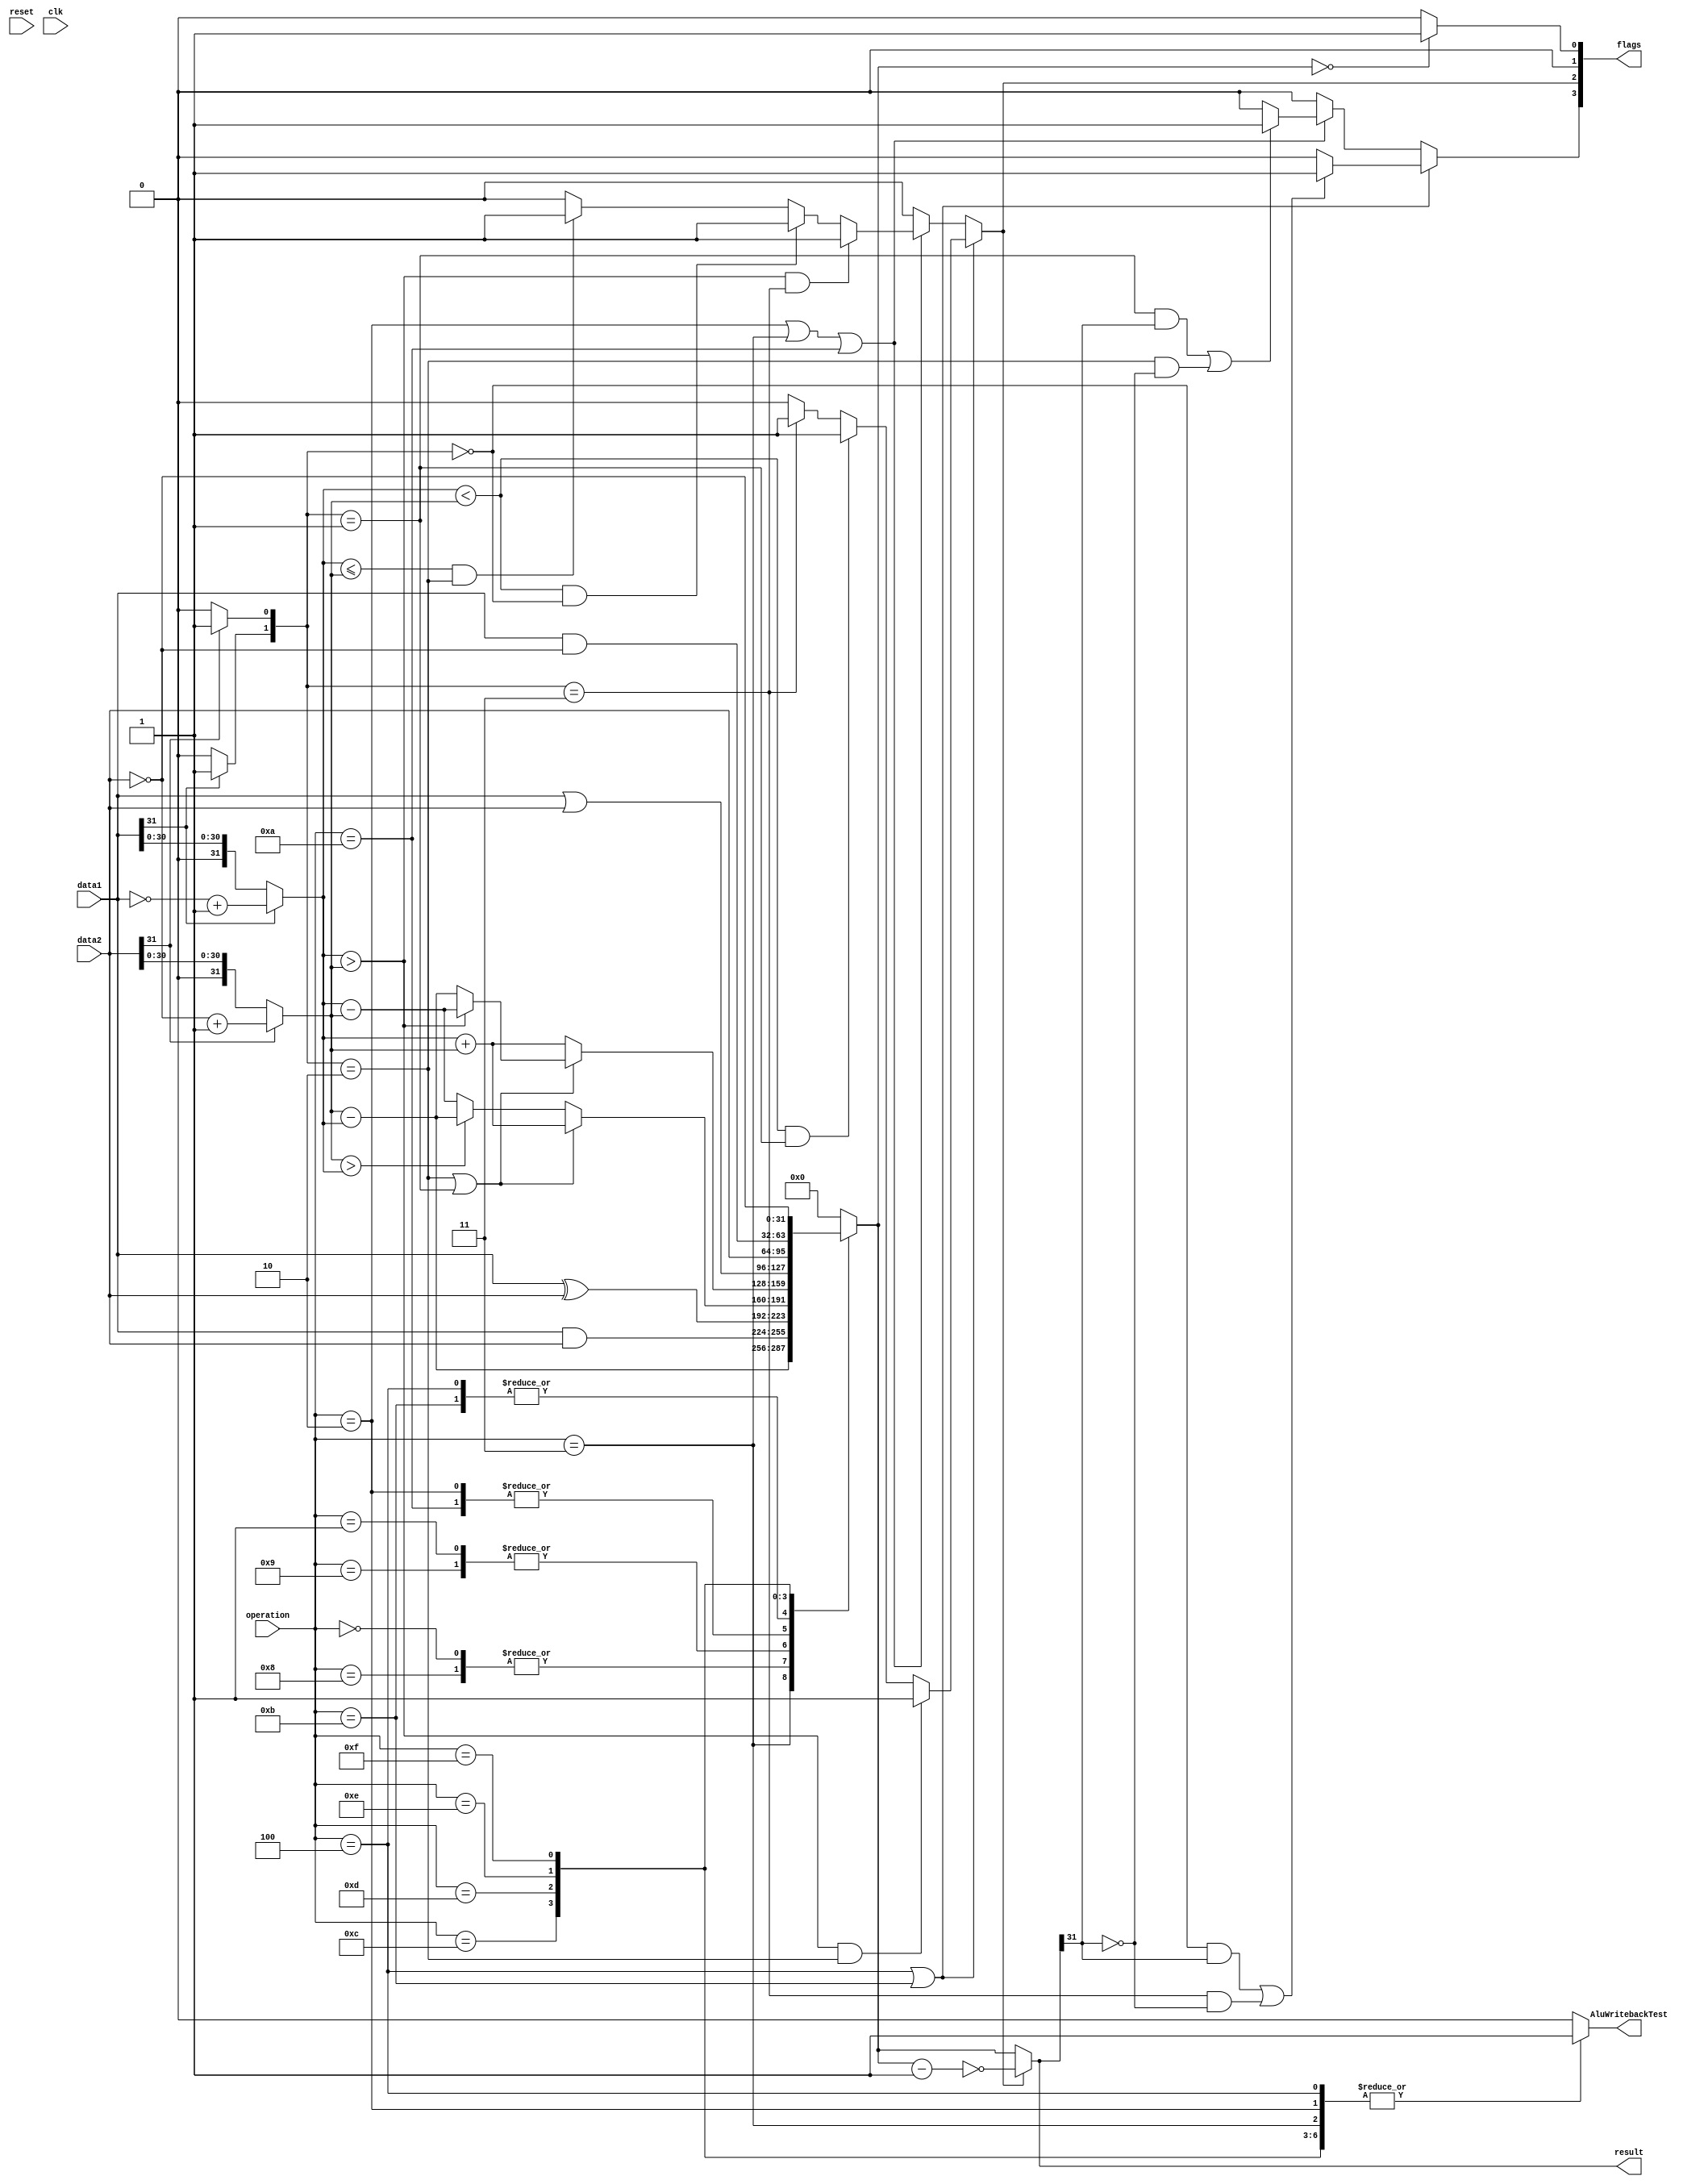
module  ALU(data1, data2, operation, result, flags, AluWritebackTest, reset, clk);

	input wire [31:0] data1, data2;
	input wire [4:0] operation;
	input wire reset,clk;

	output reg [31:0] result;  //either logical or signed
	output reg [3:0] flags;
	output reg AluWritebackTest;

	reg [31:0] unsignedData1, unsignedData2, unsignedResult;
	reg [1:0] negativeData; 
	reg Z, C, N, V; //zero carry negative overflow flags




	always @* begin

		// convert signed input data to unsigned
		if (data1[31] == 1) 
			begin
				unsignedData1 = ((~data1) + 1);
				negativeData[1] = 1;
			end
			
		else
			begin
				unsignedData1 = data1;
				negativeData[1] = 0;
			end

		if (data2[31] == 1) 
			begin
				unsignedData2 = ((~data2) + 1);
				negativeData[0] = 1;
			end
			
		else
			begin
				unsignedData2 = data2;
				negativeData[0] = 0;
			end

			


		case (operation)
			5'b00000:  	begin
							unsignedResult = (data1 & data2);			// AND (and)
							AluWritebackTest = 1;
							end
							
			5'b00001:	begin
							unsignedResult = (data1 ^ data2);			// EOR (exclusive or) 
							AluWritebackTest = 1;
							end
			
			5'b00010:	begin
							AluWritebackTest = 1;							// SUB (subtract)	
							if ((negativeData == 2'b10)|(negativeData == 2'b01))
								unsignedResult = (unsignedData1 + unsignedData2);
							else if (unsignedData2 > unsignedData1)
								unsignedResult = (unsignedData2 - unsignedData1);
							else unsignedResult = (unsignedData1 - unsignedData2);
							end
								
			5'b00011:	begin
							AluWritebackTest = 1;
							unsignedResult = (unsignedData2 - unsignedData1);	
					
							end                                                      // RSB (reverse subtract)
			
			5'b00100:	begin
							AluWritebackTest = 1;												// ADD (add)
							
							
							if ((negativeData == 2'b10)|(negativeData == 2'b01))
								if (unsignedData1 > unsignedData2)
									unsignedResult = (unsignedData1 - unsignedData2);
								else
									unsignedResult = (unsignedData2 - unsignedData1);
							else
								unsignedResult = (unsignedData1 + unsignedData2);			
							end
							
		//	5'b00101:	 		not responsible for this	// ADC (add with carry)
		//	5'b00110:			not responsible for this	// SBC (subtract with carry)
		//	5'b00111:			not responsible for this	// RSC (reverse subtract with carry)


			5'b01000:	begin
								AluWritebackTest = 0;
								unsignedResult =	(data1 & data2);	
							end
																			// TST (Test bits)	
			5'b01001:	begin
								AluWritebackTest = 0;
								unsignedResult =	(data1 ^ data2);										//	TEQ (Test bitwise equality)
							end
			
			5'b01010:	begin
							AluWritebackTest = 0;
					
							if ((negativeData == 2'b10)|(negativeData == 2'b01))				//	CMP (Compare)
								unsignedResult = (unsignedData1 + unsignedData2);
							else if (unsignedData2 > unsignedData1)
								unsignedResult = (unsignedData2 - unsignedData1);
							else 
								unsignedResult = (unsignedData1 - unsignedData2);
							end
							
			5'b01011:	begin
							AluWritebackTest = 0;														//	CMN (Compare Negative)
							
							if ((negativeData == 2'b10)|(negativeData == 2'b01))
								if (unsignedData1 > unsignedData2)
									unsignedResult = (unsignedData1 - unsignedData2);
								else
									unsignedResult = (unsignedData2 - unsignedData1);
							else
								unsignedResult = (unsignedData1 + unsignedData2);			
							end



			5'b01100:	begin
								AluWritebackTest = 1;
								unsignedResult = (data1 | data2);
							end													// ORR (or)
			
			5'b01101:	begin
								AluWritebackTest = 1;
								unsignedResult = (data2);						// MOV (Move register or constant)
							end
			
			5'b01110:	begin
								AluWritebackTest = 1;
								unsignedResult = (data1 & ~data2);			//	BIC (Bit Clear)
							end
							
			5'b01111:	begin
								AluWritebackTest = 1;
								unsignedResult = (~data2);					// MVN (Move negative register)
							end
			
		//	5'b10000:
		//	5'b10001:
		//	5'b10010:
		//	5'b10011:
		//	5'b10100:
		//	5'b10101:
		//	5'b10110:
		//	5'b10111:
		//	5'b11000:				this is for other operations
		//	5'b11001:
		//	5'b11010:
		//	5'b11011:
		//	5'b11100:
		//	5'b11101:
		//	5'b11110:
			5'b11111: begin
								AluWritebackTest = 0;
								unsignedResult = 0;					// No-op  (invalid opcode)
							end
			default:
				begin
					unsignedResult = 0;
					AluWritebackTest = 0;
				end
			endcase



			
			
			// FLAGS LOGIC
			
			// zero flag
			if (unsignedResult == 0) Z = 1; else Z = 0;
			
			//negative flag
					//if operation is ADD or CMN
			if ((operation == 5'b00100) | (operation == 5'b01011))
				if ((unsignedData1 > unsignedData2) && (negativeData == 2'b10 ))
					N = 1;
				else if ((unsignedData1 < unsignedData2) && (negativeData == 2'b01 ))
					N = 1;
				else if (negativeData == 2'b11 )
					N = 1;
				else
					N = 0;
			
					//if operation is SUB or RSB or CMP
			else if ((operation == 5'b00010) |  (operation == 5'b00011) | (operation == 5'b01010))
				if ((unsignedData1 > unsignedData2) && (negativeData == 2'b11 ))
					N = 1;
				else if ((unsignedData1 < unsignedData2) && (negativeData == 2'b00 ))
					N = 1;
				else if ((unsignedData1 <= unsignedData2) && (negativeData == 2'b10 ))
					N = 1;
				else
					N = 0;
					
			else N = 0;
			
			
				// convert answer from unsigned to signed
			if (N == 1)
					result = ~(unsignedResult-1);
				else 
					result = unsignedResult;
			
			
			//overflow and carry flags
					//if operation is ADD or CMN
			if ((operation == 5'b00100) | (operation == 5'b01011))
					if(((negativeData == 2'b00) && (result[31] == 1)) | ((negativeData == 2'b11) && (result[31] == 0)))
						begin
						V = 1;
						C = 0;
						end
					else
						begin
						V = 0;
						C = 0;
						end
					//if operation is SUB or RSB or CMP
			else if ((operation == 5'b00010) |  (operation == 5'b00011) | (operation == 5'b01010))
					if(((negativeData == 2'b01) && (result[31] == 1)) | ((negativeData == 2'b10) && (result[31] == 0))) 
						begin
						V = 1;
						C = 0;
						end
					else
						begin
						V = 0;
						C = 0;
						end
			else
				begin
				V = 0;
				C = 0;
				end
			
			
		/// encode CPSR output
		flags[0] = Z;
		flags[1] = C;
		flags[2] = N;
		flags[3] = V;

				
			
		end



		
endmodule




//
//
//module ALU_testbench ();
//
//
//reg [3:0] cond;
//reg [31:0] data1, data2;
//reg [4:0] operation;
//reg reset,clk;
//wire [31:0] result;  //either logical or signed
//
//
//ALU dut (.cond(cond), .data1(data1), .data2(data2), .operation(operation), .result(result), .reset(reset), .clk(clk));
//
//  
// // Set up the clock.
// parameter CLOCK_PERIOD=100;
// initial begin
//	clk <= 0;
//	forever #(CLOCK_PERIOD/2) clk <= ~clk;
// end
//
// 
// 
// // Set up the inputs to the design. Each line is a clock cycle.
// initial begin
//													@(posedge clk);
//		reset	<= 1;								@(posedge clk);
//		reset	<= 0;								@(posedge clk);
//													@(posedge clk);
//		operation	<= 5'b00100; 			@(posedge clk); 	// ADD
//		data1 <= 3;								@(posedge clk); /// 3+7 = 10
//		data2 <= 7;								@(posedge clk);   
//													@(posedge clk);	
//													@(posedge clk);
//													@(posedge clk);
//													@(posedge clk);
//													@(posedge clk);    
//													@(posedge clk);							
//		data1 <= ~(3-1);						@(posedge clk); /// (-3)+7 = 4
//		data2 <= 7;								@(posedge clk);
//													@(posedge clk);
//													@(posedge clk);
//													@(posedge clk);
//													@(posedge clk);
//		data1 <= 3;								@(posedge clk); /// 3+(-7) = (-4)
//		data2 <=  ~(7-1);						@(posedge clk); 
//													@(posedge clk);							
//													@(posedge clk);
//													@(posedge clk);
//													@(posedge clk);
//													@(posedge clk);
//													@(posedge clk);
//		data1 <= ~(3-1);						@(posedge clk); /// (-3)+(-7) = (-10)
//		data2 <=  ~(7-1);						@(posedge clk);
//													@(posedge clk);
//													@(posedge clk);
//													@(posedge clk);
//													@(posedge clk);
//													@(posedge clk);
//		data1 <= ~(7-1);						@(posedge clk); /// (-7)+7 = 0
//		data2 <= 7;								@(posedge clk);
//													@(posedge clk);
//													@(posedge clk);
//													@(posedge clk);
//													@(posedge clk);
//													@(posedge clk);
//													@(posedge clk);
//													@(posedge clk);
//													@(posedge clk);
//		data1 <= 7;								@(posedge clk); /// 7+(-7) = 0
//		data2 <=  ~(7-1);						@(posedge clk);
//													@(posedge clk);
//													@(posedge clk);
//													@(posedge clk);
//													@(posedge clk);
//													@(posedge clk);
//													@(posedge clk);
//													@(posedge clk);
//		data1 <= ~(7-1);						@(posedge clk); /// -7+(-7) = -14
//		data2 <=  ~(7-1);						@(posedge clk);
//													@(posedge clk);
//													@(posedge clk);
//													@(posedge clk);
//													@(posedge clk);
//													@(posedge clk);
//													@(posedge clk);
//													@(posedge clk);
//													@(posedge clk);
//													@(posedge clk);
//													@(posedge clk);
//		operation	<= 5'b00010; 			@(posedge clk); 	// SUB
//		data1 <= 3;								@(posedge clk); /// 3-7 = -4
//		data2 <= 7;								@(posedge clk);   
//													@(posedge clk);	
//													@(posedge clk);
//													@(posedge clk);
//													@(posedge clk);
//													@(posedge clk);    
//													@(posedge clk);							
//		data1 <= ~(3-1);						@(posedge clk); /// (-3)-7 = -10
//		data2 <= 7;								@(posedge clk);
//													@(posedge clk);
//													@(posedge clk);
//													@(posedge clk);
//													@(posedge clk);
//		data1 <= 3;								@(posedge clk); /// 3-(-7) = 10
//		data2 <=  ~(7-1);						@(posedge clk); 
//													@(posedge clk);							
//													@(posedge clk);
//													@(posedge clk);
//													@(posedge clk);
//													@(posedge clk);
//													@(posedge clk);
//		data1 <= ~(3-1);						@(posedge clk); /// (-3)-(-7) = 4
//		data2 <=  ~(7-1);						@(posedge clk);
//													@(posedge clk);
//													@(posedge clk);
//													@(posedge clk);
//													@(posedge clk);
//													@(posedge clk);
//		data1 <= ~(7-1);						@(posedge clk); /// (-7)-7 = -14
//		data2 <= 7;								@(posedge clk);
//													@(posedge clk);
//													@(posedge clk);
//													@(posedge clk);
//													@(posedge clk);
//													@(posedge clk);
//													@(posedge clk);
//													@(posedge clk);
//													@(posedge clk);
//		data1 <= 7;								@(posedge clk); /// 7-(-7) = 14
//		data2 <=  ~(7-1);						@(posedge clk);
//													@(posedge clk);
//													@(posedge clk);
//													@(posedge clk);
//													@(posedge clk);
//													@(posedge clk);
//													@(posedge clk);
//													@(posedge clk);
//	operation	<= 5'b00000; 				@(posedge clk); 	// LOGICAL AND
//		data1 <= 56;							@(posedge clk); /// 111000 and 000111 is 0000000
//		data2 <= 7;								@(posedge clk);   
//													@(posedge clk);	
//													@(posedge clk);
//													@(posedge clk);
//													@(posedge clk);
//													@(posedge clk);    
//													@(posedge clk);							
//		data1 <= 56;							@(posedge clk); /// 111000 and 111000 is 111000
//		data2 <= 56;							@(posedge clk);   
//													@(posedge clk);
//													@(posedge clk);
//													@(posedge clk);
//													@(posedge clk);
//		data1 <= 15;							@(posedge clk); /// 1111 and 1100 is 1100
//		data2 <= 12;							@(posedge clk);
//													@(posedge clk);
//													@(posedge clk);
//													@(posedge clk);
//													@(posedge clk);
//													@(posedge clk);
//													@(posedge clk);  
//	operation	<= 5'b00001; 				@(posedge clk); 	// LOGICAL XOR
//		data1 <= 56;							@(posedge clk); /// 111000 XOR 000111 is 111111
//		data2 <= 7;								@(posedge clk);   
//													@(posedge clk);	
//													@(posedge clk);
//													@(posedge clk);
//													@(posedge clk);
//													@(posedge clk);    
//													@(posedge clk);							
//		data1 <= 56;							@(posedge clk); /// 111000 XOR 111000 is 000000
//		data2 <= 56;							@(posedge clk);   
//													@(posedge clk);
//													@(posedge clk);
//													@(posedge clk);
//													@(posedge clk);
//		data1 <= 15;							@(posedge clk); /// 1111 XOR 1100 is 0011
//		data2 <= 12;							@(posedge clk);   
//													@(posedge clk);							
//													@(posedge clk);
//													@(posedge clk);
//													@(posedge clk);
//													@(posedge clk);
//													@(posedge clk);
//	operation	<= 5'b01110; 				@(posedge clk); 	// LOGICAL BIC
//		data1 <= 56;							@(posedge clk); /// 111000 BIC 000111 is 111000
//		data2 <= 7;								@(posedge clk);   
//													@(posedge clk);	
//													@(posedge clk);
//													@(posedge clk);
//													@(posedge clk);
//													@(posedge clk);    
//													@(posedge clk);							
//		data1 <= 56;							@(posedge clk); /// 111000 BIC 111000 is 000000
//		data2 <= 56;							@(posedge clk);   
//													@(posedge clk);
//													@(posedge clk);
//													@(posedge clk);
//													@(posedge clk);
//		data1 <= 15;							@(posedge clk); /// 1111 BIC 1100 is 0011
//		data2 <= 12;							@(posedge clk);   
//													@(posedge clk);							
//													@(posedge clk);
//													@(posedge clk);
//													@(posedge clk);
//													@(posedge clk);
//													@(posedge clk);
//
//
//							
//		$stop; // End the simulation.
// 
// end
//endmodule 
//
//